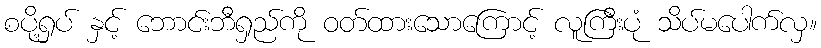
စပို့ရှပ် နှင့် ဘောင်းဘီရှည်ကို ဝတ်ထားသောကြောင့် လူကြီးပုံ သိပ်မပေါက်လှ။